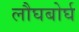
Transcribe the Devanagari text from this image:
लौघबोर्घ